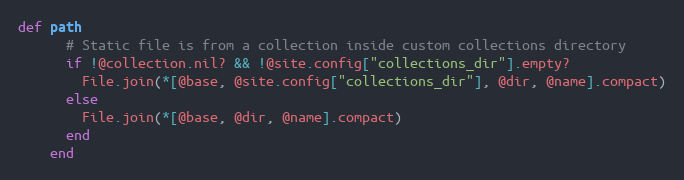
Language: Ruby
def path
      # Static file is from a collection inside custom collections directory
      if !@collection.nil? && !@site.config["collections_dir"].empty?
        File.join(*[@base, @site.config["collections_dir"], @dir, @name].compact)
      else
        File.join(*[@base, @dir, @name].compact)
      end
    end